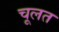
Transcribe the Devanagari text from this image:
चूलत